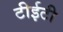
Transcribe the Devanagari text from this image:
टीईटी